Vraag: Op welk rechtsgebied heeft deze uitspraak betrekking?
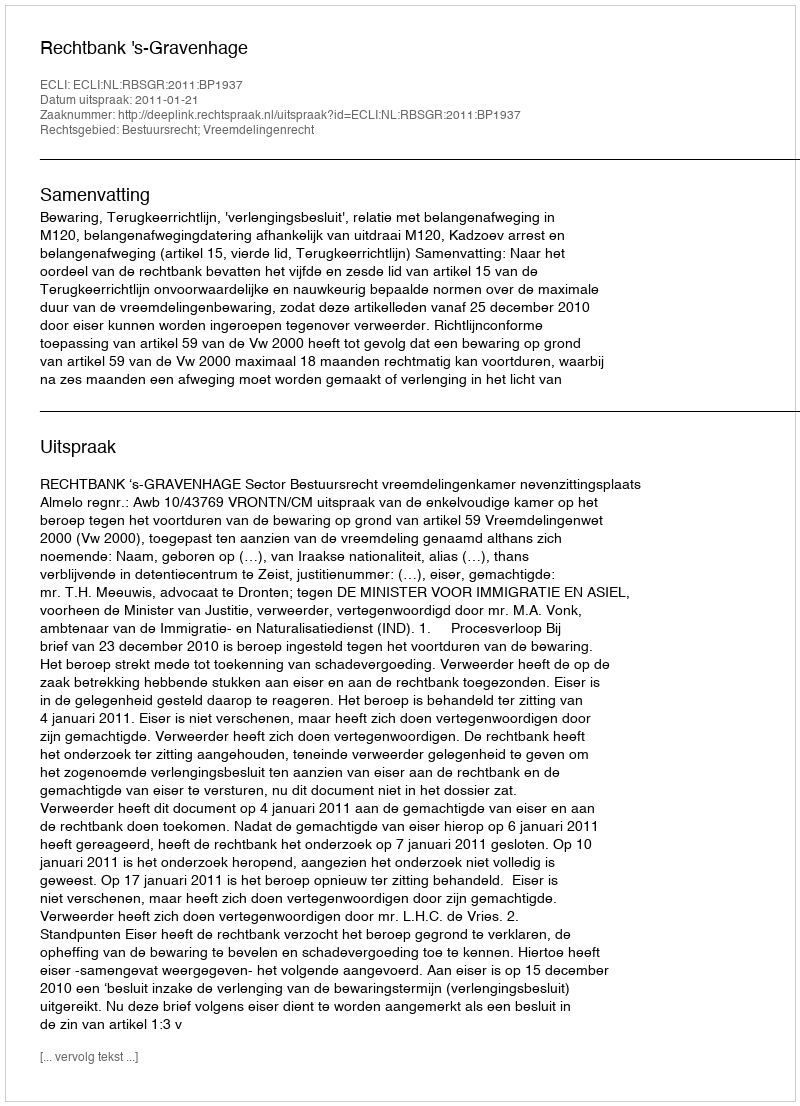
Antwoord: Bestuursrecht; Vreemdelingenrecht